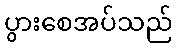
ပွားစေအပ်သည်